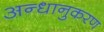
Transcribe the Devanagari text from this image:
अन्धानुकरण